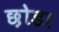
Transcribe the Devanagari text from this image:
छ़ोडा